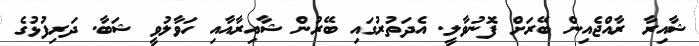
ޝާއިރާ ރާއްޖެއިން ބޭރަށް ފޮނުވާލީ. އެދަތުރުގައި ބޭރުން ޝާއިރާއާއި ހަވާލުވީ ޝަބާ. ދަރިފުޅުގެ